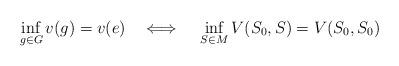
LaTeX: \begin{align*}\inf\limits_{g\in G}v(g)=v(e)~~~\Longleftrightarrow{}~~~\inf\limits_{S\in M}V(S_{0},S)=V(S_{0},S_{0})\end{align*}